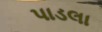
પાડલા